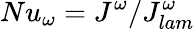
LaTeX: Nu_{\omega}=J^{\omega}/J_{lam}^{\omega}